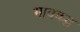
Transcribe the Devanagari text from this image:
भावबद्ध